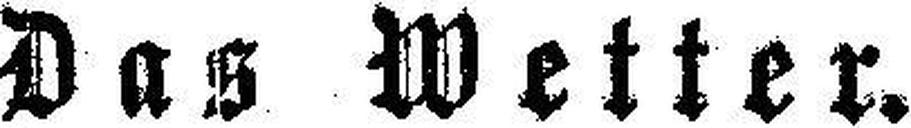
Das Wetter.